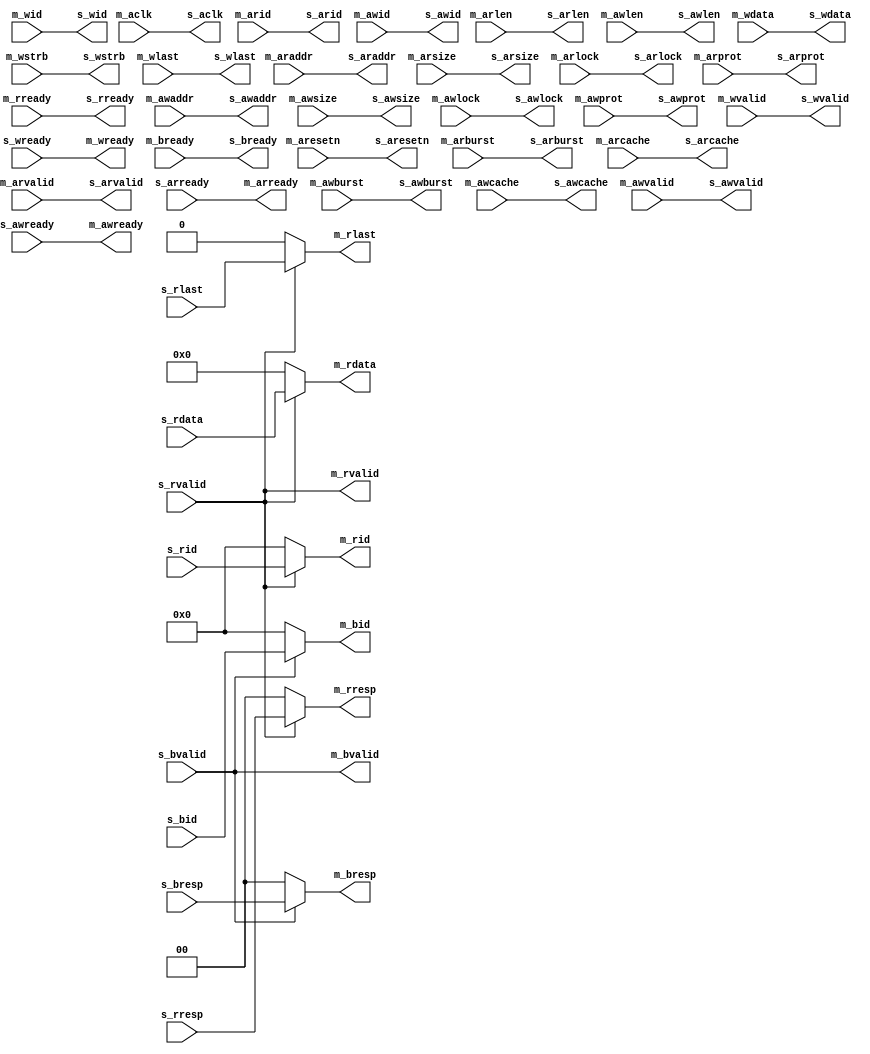
module axi_wrap(
  input         m_aclk,
  input         m_aresetn,
  //ar
  input  [3 :0] m_arid   ,
  input  [31:0] m_araddr ,
  input  [3 :0] m_arlen  ,
  input  [2 :0] m_arsize ,
  input  [1 :0] m_arburst,
  input  [1 :0] m_arlock ,
  input  [3 :0] m_arcache,
  input  [2 :0] m_arprot ,
  input         m_arvalid,
  output        m_arready,
  //r
  output [3 :0] m_rid    ,
  output [31:0] m_rdata  ,
  output [1 :0] m_rresp  ,
  output        m_rlast  ,
  output        m_rvalid ,
  input         m_rready ,
  //aw
  input  [3 :0] m_awid   ,
  input  [31:0] m_awaddr ,
  input  [3 :0] m_awlen  ,
  input  [2 :0] m_awsize ,
  input  [1 :0] m_awburst,
  input  [1 :0] m_awlock ,
  input  [3 :0] m_awcache,
  input  [2 :0] m_awprot ,
  input         m_awvalid,
  output        m_awready,
  //w
  input  [3 :0] m_wid    ,
  input  [31:0] m_wdata  ,
  input  [3 :0] m_wstrb  ,
  input         m_wlast  ,
  input         m_wvalid ,
  output        m_wready ,
  //b
  output [3 :0] m_bid    ,
  output [1 :0] m_bresp  ,
  output        m_bvalid ,
  input         m_bready ,

  output        s_aclk,
  output        s_aresetn,
  //ar
  output [3 :0] s_arid   ,
  output [31:0] s_araddr ,
  output [3 :0] s_arlen  ,
  output [2 :0] s_arsize ,
  output [1 :0] s_arburst,
  output [1 :0] s_arlock ,
  output [3 :0] s_arcache,
  output [2 :0] s_arprot ,
  output        s_arvalid,
  input         s_arready,
  //r
  input  [3 :0] s_rid    ,
  input  [31:0] s_rdata  ,
  input  [1 :0] s_rresp  ,
  input         s_rlast  ,
  input         s_rvalid ,
  output        s_rready ,
  //aw
  output [3 :0] s_awid   ,
  output [31:0] s_awaddr ,
  output [3 :0] s_awlen  ,
  output [2 :0] s_awsize ,
  output [1 :0] s_awburst,
  output [1 :0] s_awlock ,
  output [3 :0] s_awcache,
  output [2 :0] s_awprot ,
  output        s_awvalid,
  input         s_awready,
  //w
  output [3 :0] s_wid    ,
  output [31:0] s_wdata  ,
  output [3 :0] s_wstrb  ,
  output        s_wlast  ,
  output        s_wvalid ,
  input         s_wready ,
  //b
  input  [3 :0] s_bid    ,
  input  [1 :0] s_bresp  ,
  input         s_bvalid ,
  output        s_bready  
);
assign s_aclk    = m_aclk   ;
assign s_aresetn = m_aresetn;
//ar
assign s_arid    = m_arid   ;
assign s_araddr  = m_araddr ;
assign s_arlen   = m_arlen  ;
assign s_arsize  = m_arsize ;
assign s_arburst = m_arburst;
assign s_arlock  = m_arlock ;
assign s_arcache = m_arcache;
assign s_arprot  = m_arprot ;
assign s_arvalid = m_arvalid;
assign m_arready = s_arready;
//r
assign m_rid    = m_rvalid ? s_rid   :  4'd0 ;
assign m_rdata  = m_rvalid ? s_rdata : 32'd0 ;
assign m_rresp  = m_rvalid ? s_rresp :  2'd0 ;
assign m_rlast  = m_rvalid ? s_rlast :  1'd0 ;
assign m_rvalid = s_rvalid;
assign s_rready = m_rready;
//aw
assign s_awid    = m_awid   ;
assign s_awaddr  = m_awaddr ;
assign s_awlen   = m_awlen  ;
assign s_awsize  = m_awsize ;
assign s_awburst = m_awburst;
assign s_awlock  = m_awlock ;
assign s_awcache = m_awcache;
assign s_awprot  = m_awprot ;
assign s_awvalid = m_awvalid;
assign m_awready = s_awready;
//w
assign s_wid    = m_wid    ;
assign s_wdata  = m_wdata  ;
assign s_wstrb  = m_wstrb  ;
assign s_wlast  = m_wlast  ;
assign s_wvalid = m_wvalid ;
assign m_wready = s_wready ;
//b
assign m_bid    = m_bvalid ? s_bid   : 4'd0 ;
assign m_bresp  = m_bvalid ? s_bresp : 2'd0 ;
assign m_bvalid = s_bvalid ;
assign s_bready = m_bready ;
endmodule